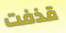
قذفت